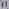
Text: 11